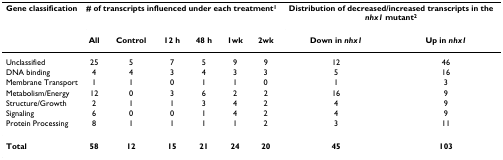
<table><thead><tr><td><b>Gene classification</b></td><td colspan="6"><b># of transcripts influenced under each treatment<sup>1</sup></b></td><td colspan="2"><b>Distribution of decreased/increased transcripts in the <i>nhx1 </i>mutant<sup>2</sup></b></td></tr><tr><td></td><td><b>All</b></td><td><b>Control</b></td><td><b>12 h</b></td><td><b>48 h</b></td><td><b>1wk</b></td><td><b>2wk</b></td><td><b>Down in <i>nhx1</i></b></td><td><b>Up in <i>nhx1</i></b></td></tr></thead><tbody><tr><td>Unclassified</td><td>25</td><td>5</td><td>7</td><td>5</td><td>9</td><td>9</td><td>12</td><td>46</td></tr><tr><td>DNA binding</td><td>4</td><td>4</td><td>3</td><td>4</td><td>3</td><td>3</td><td>5</td><td>16</td></tr><tr><td>Membrane Transport</td><td>1</td><td>1</td><td>0</td><td>1</td><td>1</td><td>0</td><td>1</td><td>3</td></tr><tr><td>Metabolism/Energy</td><td>12</td><td>0</td><td>3</td><td>6</td><td>2</td><td>2</td><td>16</td><td>9</td></tr><tr><td>Structure/Growth</td><td>2</td><td>1</td><td>1</td><td>3</td><td>4</td><td>2</td><td>4</td><td>9</td></tr><tr><td>Signaling</td><td>6</td><td>0</td><td>0</td><td>1</td><td>4</td><td>2</td><td>4</td><td>9</td></tr><tr><td>Protein Processing</td><td>8</td><td>1</td><td>1</td><td>1</td><td>1</td><td>2</td><td>3</td><td>11</td></tr><tr><td><b>Total</b></td><td><b>58</b></td><td><b>12</b></td><td><b>15</b></td><td><b>21</b></td><td><b>24</b></td><td><b>20</b></td><td><b>45</b></td><td><b>103</b></td></tr></tbody></table>